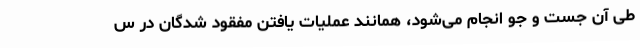
طی آن جست و جو انجام می‌شود، همانند عملیات یافتن مفقود شدگان در س